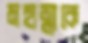
মহাত্মাকে